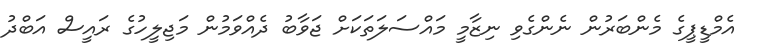
އެމްޑީޕީގެ މެންބަރުން ނެންގެވި ނިޒާމީ މައްސަލަތަކަށް ޖަވާބު ދެއްވަމުން މަޖިލީހުގެ ރައީސް އަބްދު